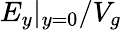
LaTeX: E_{y}|_{y=0}/V_{g}